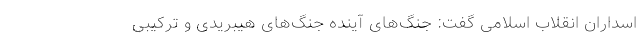
اسداران انقلاب اسلامی گفت: جنگ‌های آینده جنگ‌های هیبریدی و ترکیبی